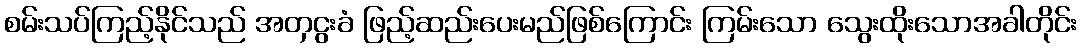
စမ်းသပ်ကြည့်နိုင်သည် အတှငွးခံ ဖြည့်ဆည်းပေးမည်ဖြစ်ကြောင်း ကြမ်းသော သွေးထိုးသောအခါတိုင်း